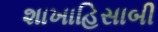
શાખાહિસાબી